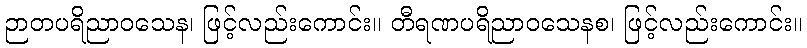
ဉာတပရိညာဝသေန၊ ဖြင့်လည်းကောင်း။ တီရဏပရိညာဝသေနစ၊ ဖြင့်လည်းကောင်း။